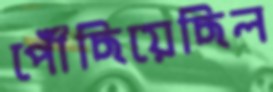
পৌঁছিয়েছিল